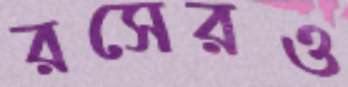
রসেরও